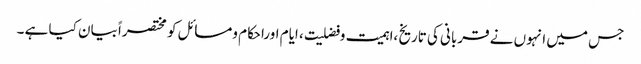
جس میں انہوں نے قربانی کی تاریخ ،اہمیت وفضلیت ، ایام اوراحکام ومسائل کو مختصراً بیان کیا ہے ۔